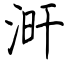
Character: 涆